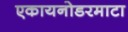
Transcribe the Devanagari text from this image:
एकायनोडरमाटा